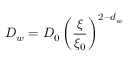
D _ { w } = D _ { 0 } \left( \frac { \xi } { \xi _ { 0 } } \right) ^ { 2 - d _ { w } }